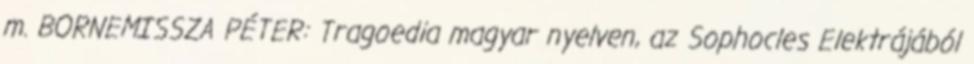
m. BORNEMISSZA PÉTER: Tragoedia magyar nyelven, az Sophocles Elektrájából